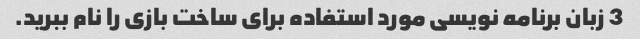
3 زبان برنامه نویسی مورد استفاده برای ساخت بازی را نام ببرید.